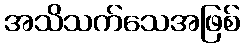
အသိသက်သေအဖြစ်